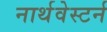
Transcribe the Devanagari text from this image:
नार्थवेस्टर्न